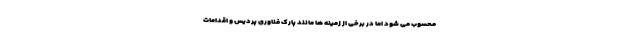
محسوب می شود اما در برخی از زمینه ها مانند پارک فناوری پردیس و اقدامات